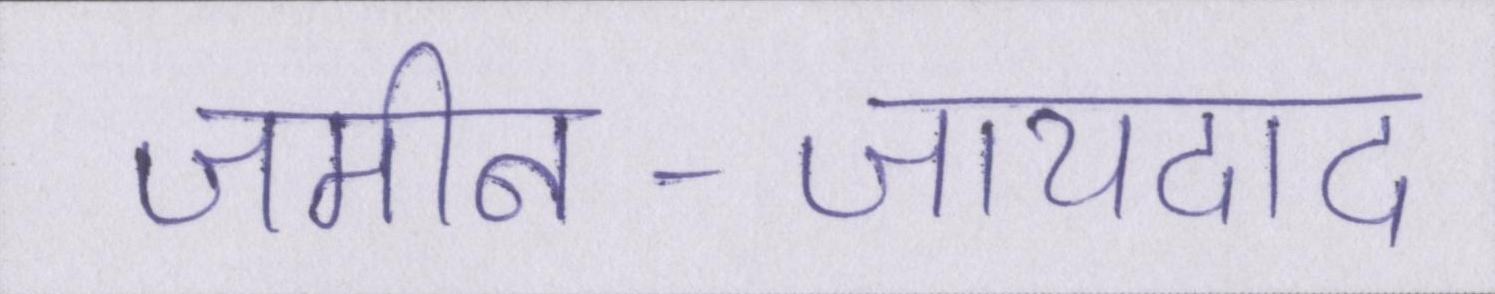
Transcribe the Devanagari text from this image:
जमीन-जायदाद